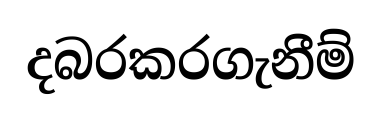
දබරකරගැනීම්